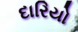
દારિયો